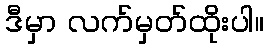
ဒီမှာ လက်မှတ်ထိုးပါ။